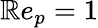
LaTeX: \mathbb{R}e_{p}=1